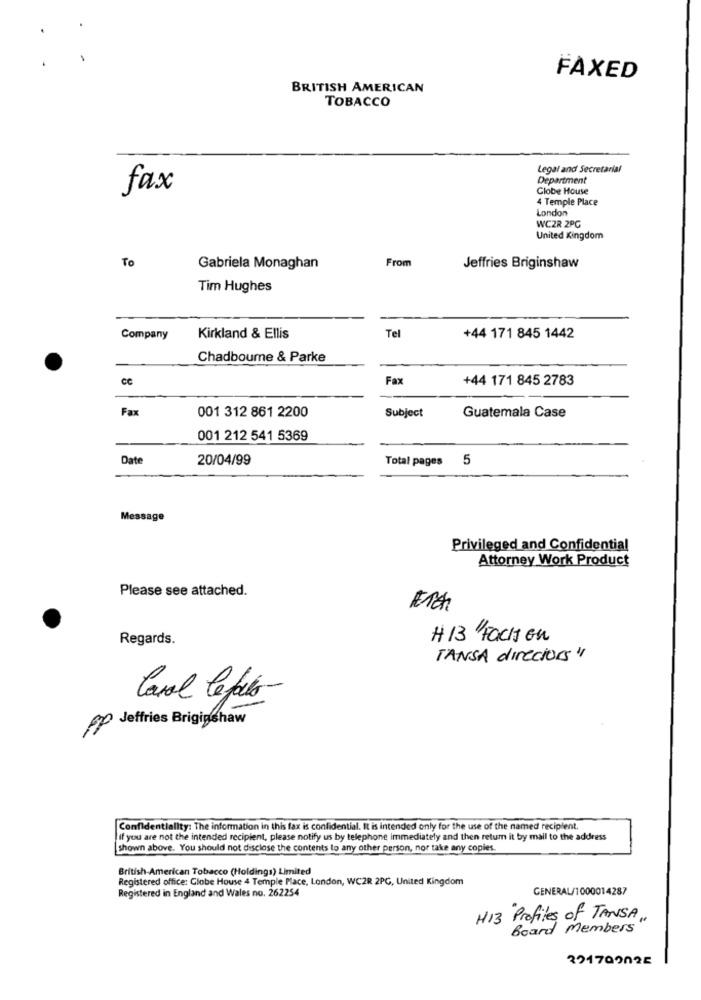
FAXED
BRITISH AMERICAN
TOBACCO
Legal and Secretarial
Department
fax
Clobe House
4 Temple Place
London
WCZR 2PC
United Kingdom
From
To
Gabriela Monaghan
Jeffries Briginshaw
Tim Hughes
Tel
Company
Kirkland & Ellis
+44 171 845 1442
Chadbourne & Parke
cc
Fax
+44 171 845 2783
Fax
001 312 861 2200
Subject
Guatemala Case
001 212 541 5369
Date
20/04/99
Total pages 5
Message
Privileged and Confidential
Attorney Work Product
Please see attached.
Eich
Regards.
H13 Facks ou
TANSA directors"
Carol Cefalo
op Jeffries Briginshaw
Confidentiality: The information in this fax is confidential. It is intended only for the use of the named recipient.
if you are not the intended recipient, please notify us by telephone immediately and then return it by mail to the address
shown above. You should not disclose the contents to any other person, nor take any copies.
British American Tobacco (Holdings) Limited
Registered office: Globe House 4 Temple Place, London, WC2R 2PC, United Kingdom
Registered in England and Wales no. 262254
GENERAL/1000014287
H13 Profites of TANSA .,
Board Members
221709028